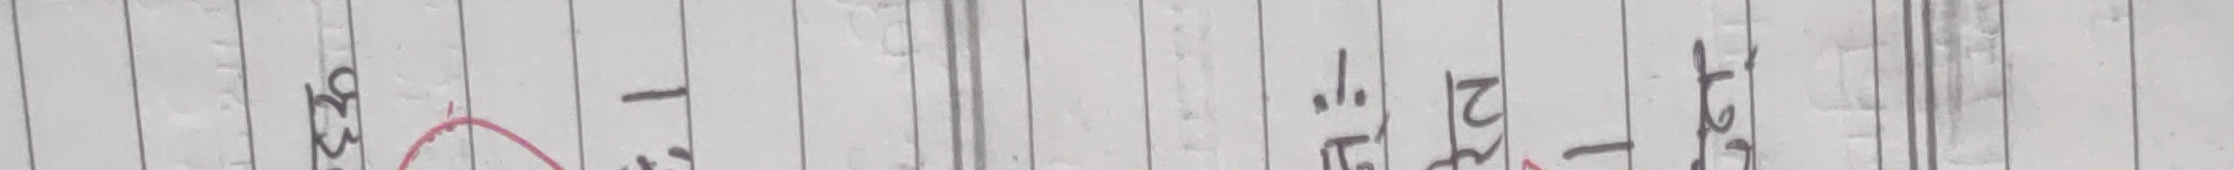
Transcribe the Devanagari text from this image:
९३ - १. पूरा टेट